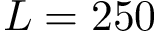
L = 2 5 0